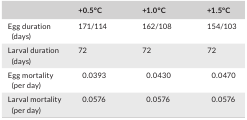
|  | +0.5°C | +1.0°C | +1.5°C |
 | --- | --- | --- | --- |
 | Egg duration (days) | 171/114 | 162/108 | 154/103 |
 | Larval duration (days) | 72 | 72 | 72 |
 | Egg mortality (per day) | 0.0393 | 0.0430 | 0.0470 |
 | Larval mortality (per day) | 0.0576 | 0.0576 | 0.0576 |